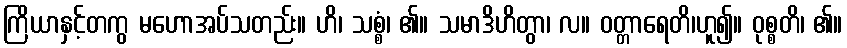
ကြိယာနှင့်တကွ မဟောအပ်သတည်း။ ဟိ၊ သစ္စံ၊ ၏။ သမာဒိဟိတွာ၊ လ။ ဝတ္တာရေတိ၊ဟူ၍။ ဝုစ္စတိ၊ ၏။